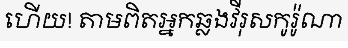
ហើយ! តាមពិតអ្នកឆ្លងវីរុសកូរ៉ូណា